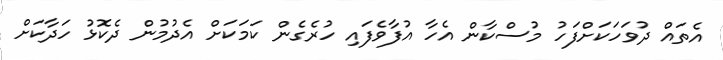
އެތައް ދުވަހަކަށްފަހު މުސްކާން އެހާ އުފާވެފައި ހުރެގެން ކަމަކަށް އެދުމުން ދެކޮޅު ހަދާކަށް